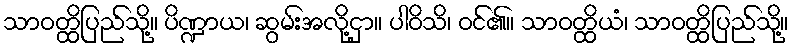
သာဝတ္ထိပြည်သို့။ ပိဏ္ဍာယ၊ ဆွမ်းအလို့ငှာ။ ပါဝိသိ၊ ဝင်၏။ သာဝတ္ထိယံ၊ သာဝတ္ထိပြည်သို့။